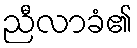
ညီလာခံ၏